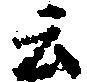
云